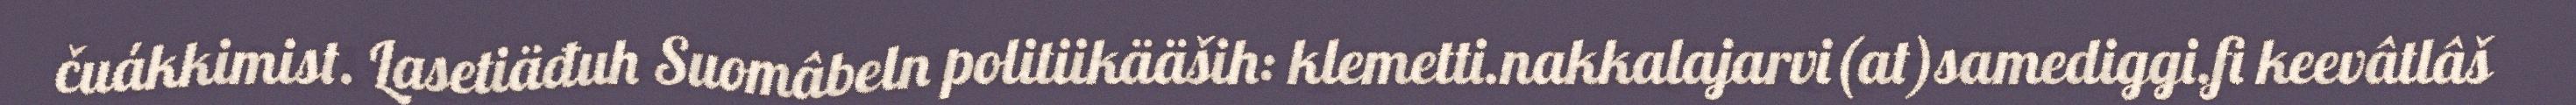
čuákkimist. Lasetiäđuh Suomâbeln politiikääših: klemetti.nakkalajarvi(at)samediggi.fi keevâtlâš